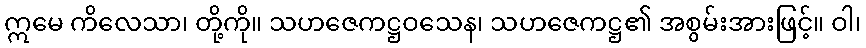
ဣမေ ကိလေသာ၊ တို့ကို။ သဟဇေကဋ္ဌဝသေန၊ သဟဇေကဋ္ဌ၏ အစွမ်းအားဖြင့်။ ဝါ၊